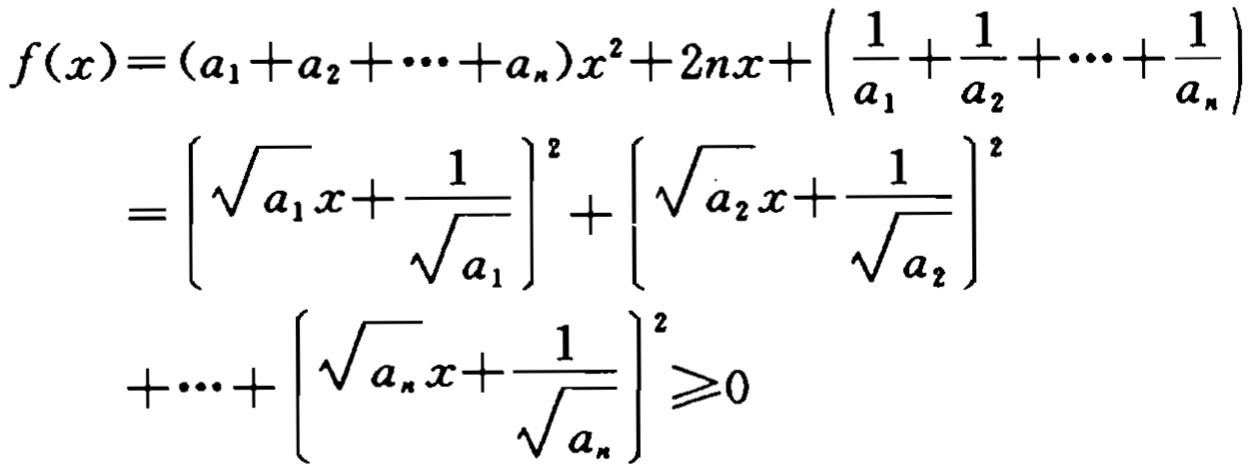
\[

\begin{align*}

f(x)&=(a_{1}+a_{2}+\cdots +a_{n})x^{2}+2nx+\left(\frac{1}{a_{1}}+\frac{1}{a_{2}}+\cdots+\frac{1}{a_{n}}\right)\\

&=\left(\sqrt{a_{1}}x + \frac{1}{\sqrt{a_{1}}}\right)^{2}+\left(\sqrt{a_{2}}x+\frac{1}{\sqrt{a_{2}}}\right)^{2}\\

&+\cdots+\left(\sqrt{a_{n}}x+\frac{1}{\sqrt{a_{n}}}\right)^{2}\geq0

\end{align*}

\]